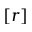
\left[ r \right]